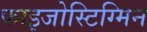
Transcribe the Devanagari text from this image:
फाइजोस्टिग्मिन